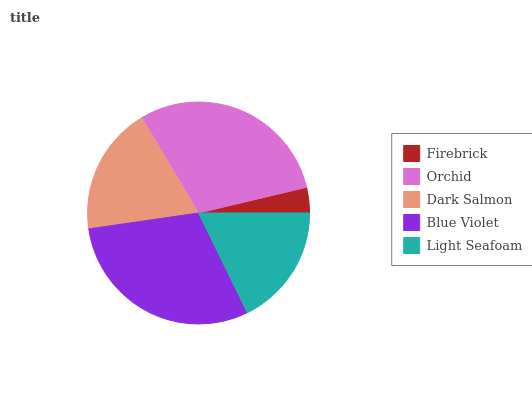
| Firebrick | Orchid | Dark Salmon | Blue Violet | Light Seafoam |
 | --- | --- | --- | --- | --- |
 | 3.71% | 29.8% | 18.8% | 29.9% | 17.8% |